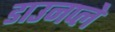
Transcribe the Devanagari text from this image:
डाउनप्ले